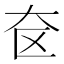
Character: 奁